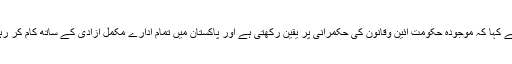
انہوں نے کہا کہ موجودہ حکومت آئین وقانون کی حکمرانی پر یقین رکھتی ہے اور پاکستان میں تمام ادارے مکمل آزادی کے ساتھ کام کر رہے ہیں۔